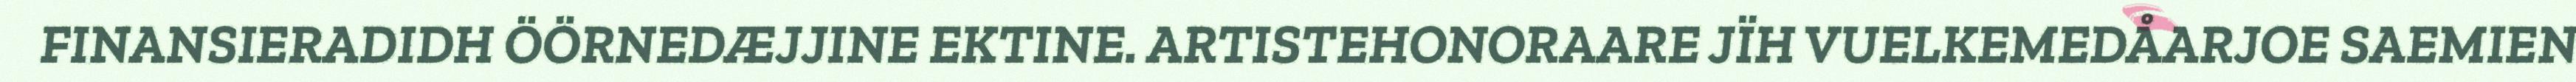
FINANSIERADIDH ÖÖRNEDÆJJINE EKTINE. ARTISTEHONORAARE JÏH VUELKEMEDÅARJOE SAEMIEN